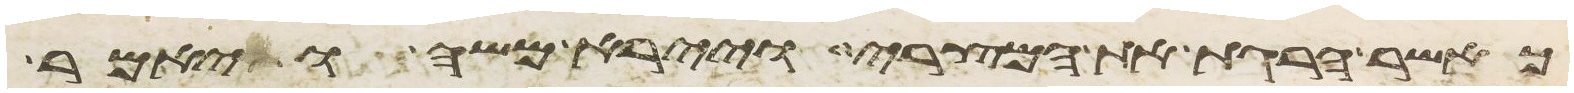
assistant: כאשר הרגת את המצרי ויירא משה ויאמר